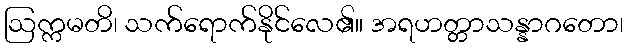
ဩက္ကမတိ၊ သက်ရောက်နိုင်လေ၏။ အရဟတ္တာသန္နာဂတော၊